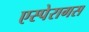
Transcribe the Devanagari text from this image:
एस्पेरागस